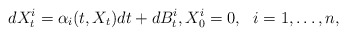
\begin{align*}dX^i_t = \alpha_i(t,X_t)dt + dB^i_t, X^i_0=0, \ \ i=1,\ldots,n, \end{align*}